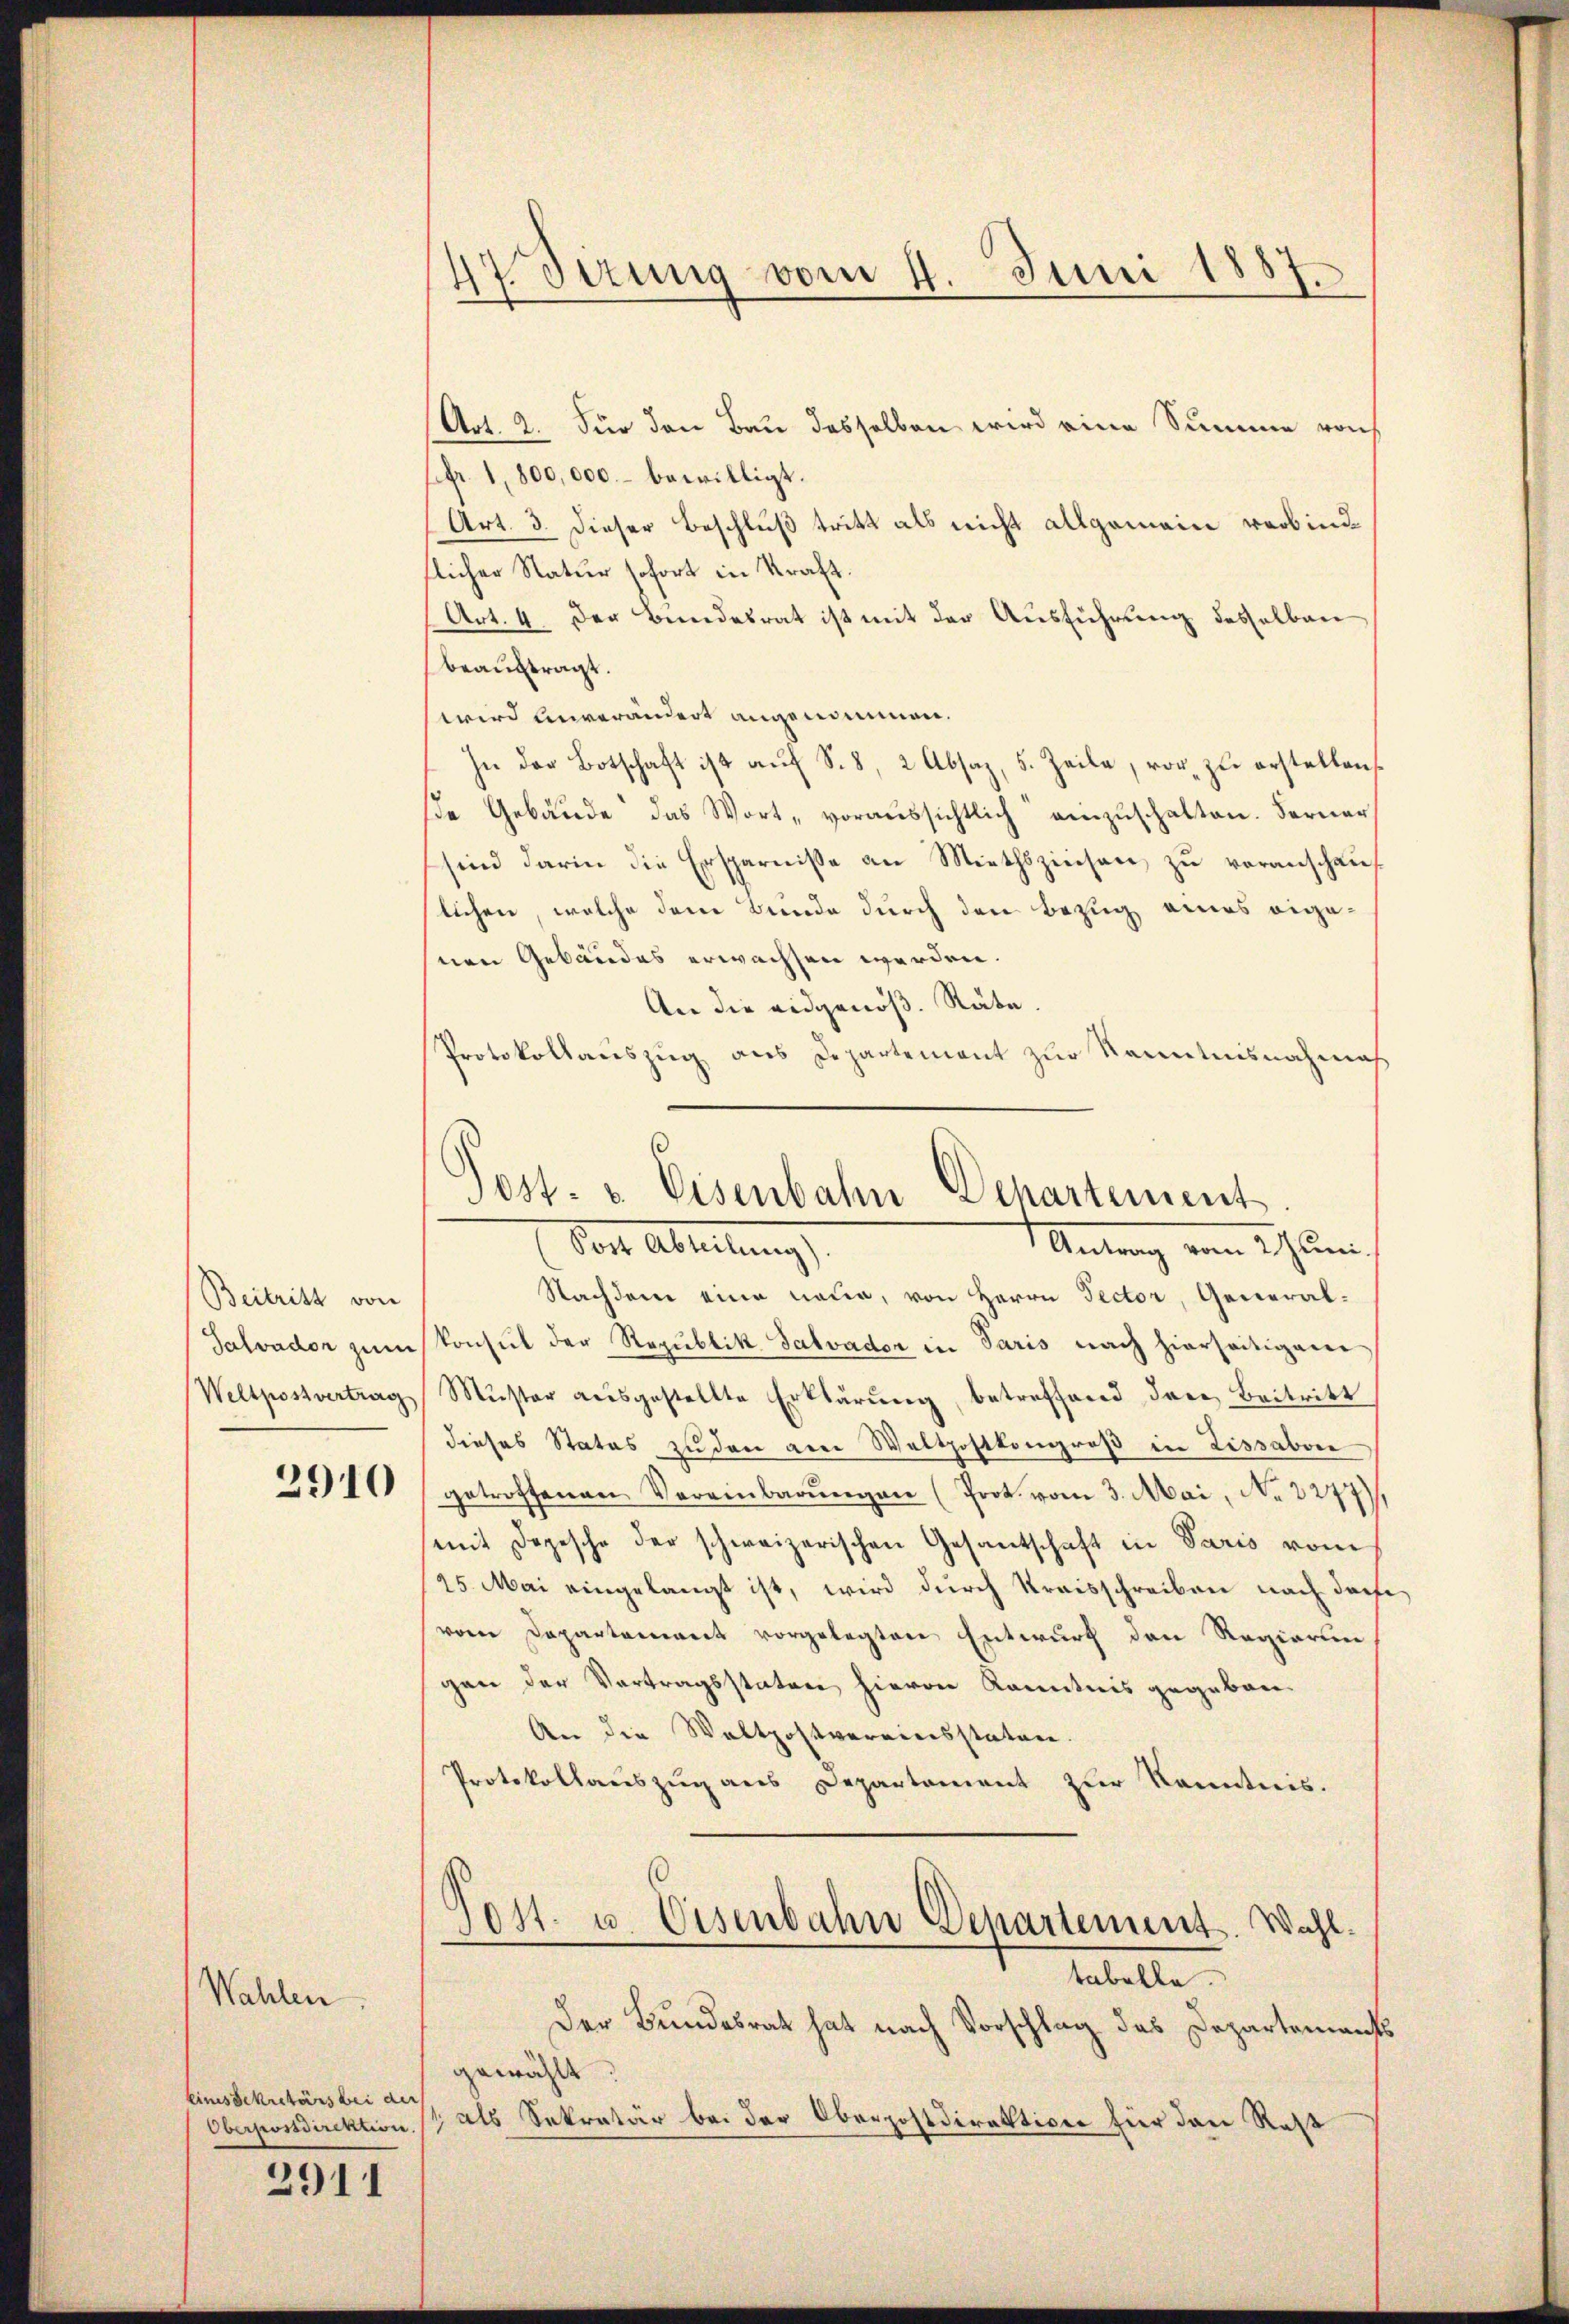
Beitritt von
Salvador zum
Weltpostvertrag

2910

Einesdekretärs bei der
Oberpostdirektion

Wahlen

2911

47. Sizung vom 4. Juni 1887.

(Art. 2. Für den Bau dasselben wird eine Summe von
sfr. 1,800,000.- bewilligt.
Art. 3. dieser Beschluß tritt als nicht allgemein verbindtlicher Natur sofort in Kraft.
(Art. 4. Der Bundesrat ist mit der Ausführung desselben
beauftragt.
wird unverändert angenommen.
In der Botschaft ist aŭf S. 8, 2 Absaz, 5. Zeile, vor zŭ erstellen,
se Gebäude das Wort „voraussichtlich einzuschalten. Ferner
sind darin die Ersparnisse an Miethszinsen zu voranschaulichen, welche dem Bunde durch den Bezug eines eigenen Gebäudes erwachsen werden.
An die eidgenoß. Räte.
Protokollauszug aus Departement zur Kenntnisnahmaß
Nachdem eine neue, von Herrn Pector, General-
konsul der Republik Salvader in Paris nach hierseitigem
Mŭster aŭsgestellte Erklärŭng, betreffend dere Beitritt
dieses Status zu den am Waltpostkongroß in Lissabver
getroffenen Vereinbarŭngen (Prot. vom 3. Mai, No. 3277),
mit Depesche der schweizerischen Gesantschaft in Paris vom
25. Mai eingelangt ist, wird durch Kraisschreiben nach darfvom Departement vorgelegten Entwurf den Regierun
gan der Vortragsstature hievon Kenntnis gegeben.
An die Waltpostvereinsstaten
Protokollauszug aus Departement zur Kenntnis.
304. u. Eisenbahn Departement. Wahl.
tabelle.
Der Bundesrath hat nach Vorschlag des Departements
gewählt
1 als Sekretär bei der Oberpostdirektiver für das Rest

Jost- u. Eisenbahn Departement
Vor Ableitung
Antrag vom 2. Juni